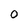
Character: O